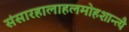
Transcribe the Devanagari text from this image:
संसारहालाहलमोहशान्त्यै